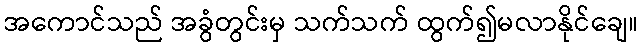
အကောင်သည် အခွံတွင်းမှ သက်သက် ထွက်၍မလာနိုင်ချေ။